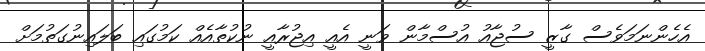
އެހެންނަމަވެސް ގާޒީ ސުޖާއު އުސްމާން ވަނީ އެއީ އިޖުރާއީ ނުކުތާއެއް ކަމުގައި ބަލައިނުގަތުމަށް